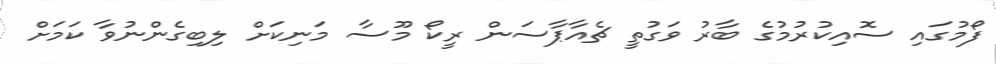
ފޯމުގައި ސޮއިކުރުމުގެ ބާރު ވަގުތީ ޗެއާޕާސަން ރީކޯ މޫސާ މަނިކަށް ލިބިގެންނުވާ ކަމަށް